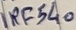
Text: IRF540